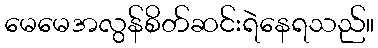
မေမေအလွန်စိတ်ဆင်းရဲနေရသည်။